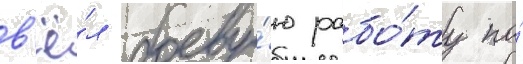
в'ё́л боеву́ю рабо́ту по́